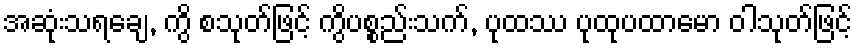
အဆုံးသရချေ, ကွိ စသုတ်ဖြင့် ကွိပစ္စည်းသက်, ပုထဿ ပုထုပထာမော ဝါသုတ်ဖြင့်